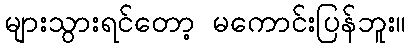
များသွားရင်တော့ မကောင်းပြန်ဘူး။